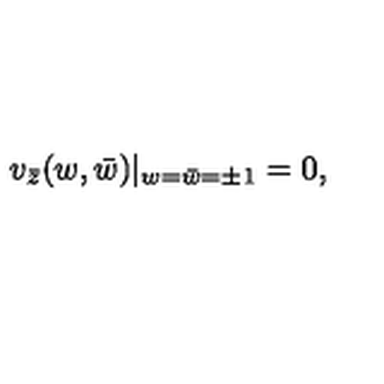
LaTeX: v _ { \bar { z } } ( w , \bar { w } ) | _ { w = \bar { w } = \pm 1 } = 0 ,